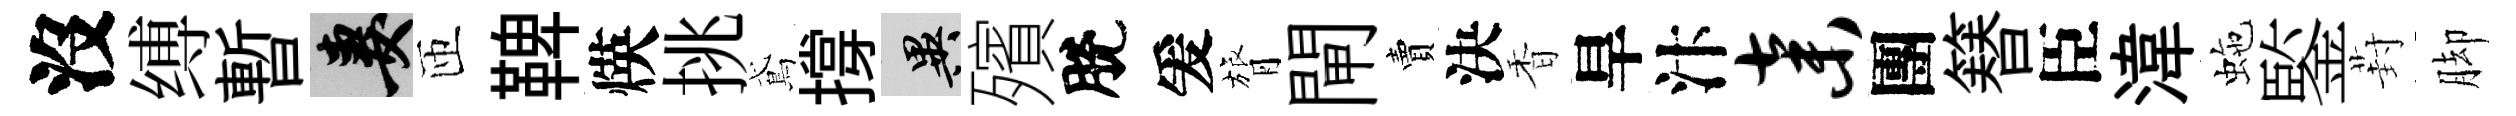
沒缚暫妻匝鞞煐挑鳶撐异殯脫爰膂閘賣決香旱汴弃團簮臣湋虵鍳葑脚